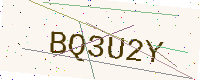
Text: BQ3U2Y